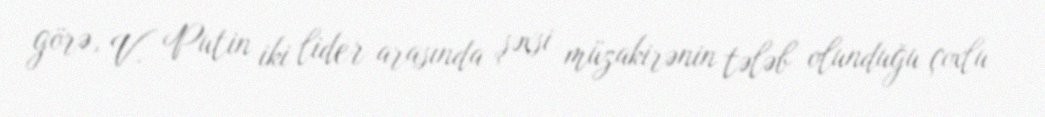
görə, V. Putin iki lider arasında şəxsi müzakirənin tələb olunduğu çoxlu